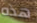
هذه